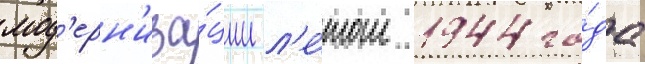
мод'ерн'иза́ции л'е́том 1944 го́да